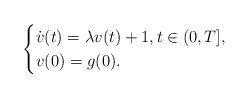
LaTeX: \begin{align*} \begin{cases} \dot{v}(t) = \lambda v(t) + 1, t \in (0,T],\\ v(0) = g(0). \end{cases}\end{align*}